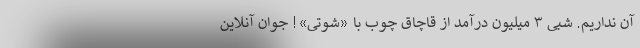
آن نداریم. شبی ۳ میلیون درآمد از قاچاق چوب با «شوتی»! جوان آنلاین